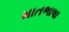
માતભાષા